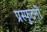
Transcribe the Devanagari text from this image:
प्रस्फुटनों